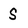
Character: S